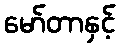
မော်တာနှင့်